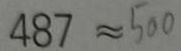
4 8 7 \approx 5 0 0